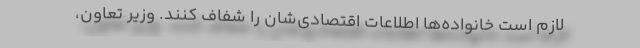
لازم است خانواده‌ها اطلاعات اقتصادی‌شان را شفاف کنند. وزیر تعاون،